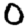
Digit: 0